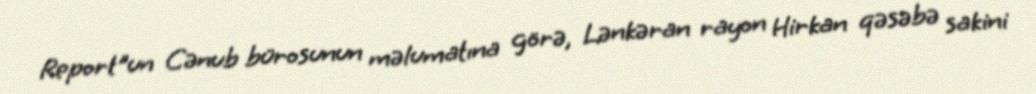
Report"un Cənub bürosunun məlumatına görə, Lənkəran rayon Hirkan qəsəbə sakini